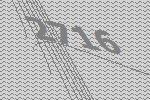
2716